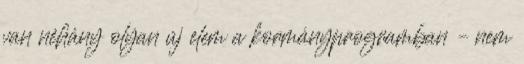
van néhány olyan új elem a kormányprogramban – nem